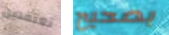
تعتقدين بصحيح